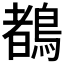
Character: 𪃙